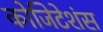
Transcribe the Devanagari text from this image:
कोजिटेशंस